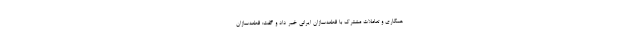
همکاری و تعاملات مشترک با قطعه‌سازان ایرانی خبر داد و گفت: قطعه‌سازان